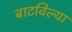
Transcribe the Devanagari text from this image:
बाटविल्या